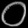
Digit: ၀